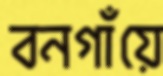
বনগাঁয়ে